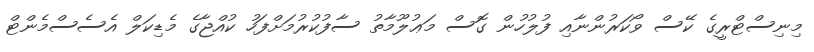
މިނިސްޓްރީގެ ކޭސް ވޯކަރުންނާއި ފުލުހުން ގޮސް މަޢުލޫމާތު ސާފުކުރުމަށްފަހު ކުއްޖާގެ މެޑިކަލް އެސެސްމެންޓް